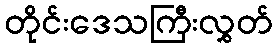
တိုင်းဒေသကြီးလွှတ်